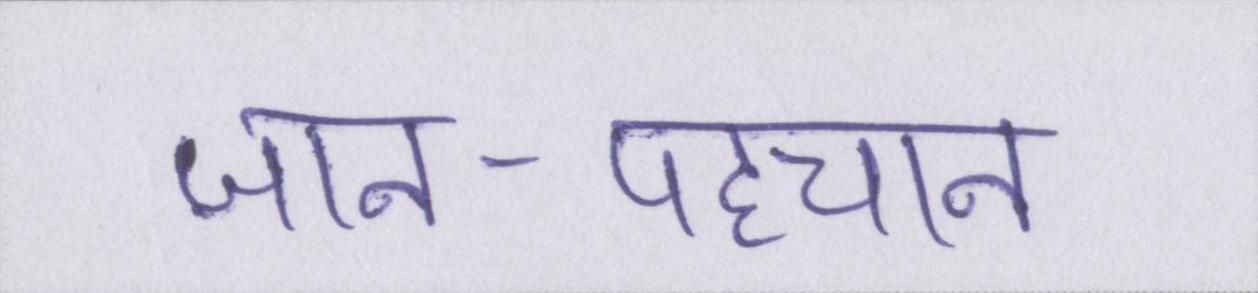
जान-पहचान